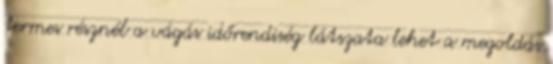
termes résznél a vágás időrendiség látszata lehet a megoldás